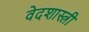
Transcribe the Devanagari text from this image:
वेदशास्त्री